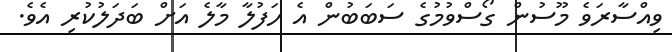
ވިއްސާރަވެ މޫސުން ގޯސްވުމުގެ ސަބަބުން އެ ހަފުލާ މާލެ އަށް ބަދަލުކުރި އެވެ.